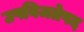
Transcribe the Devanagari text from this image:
उपविजतेपद